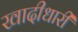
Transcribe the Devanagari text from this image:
खादीधारी